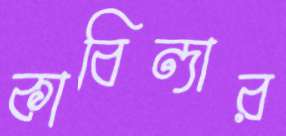
কাবিন্দার